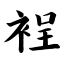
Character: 裎